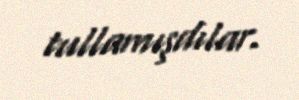
tullamışdılar.